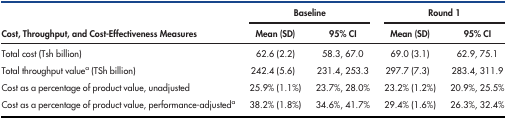
<table><thead><tr><td rowspan="2"><b>Cost, Throughput, and Cost-Effectiveness Measures</b></td><td colspan="2"><b>Baseline</b></td><td colspan="2"><b>Round 1</b></td></tr><tr><td><b>Mean (SD)</b></td><td><b>95% CI</b></td><td><b>Mean (SD)</b></td><td><b>95% CI</b></td></tr></thead><tbody><tr><td>Total cost (Tsh billion)</td><td>62.6 (2.2)</td><td>58.3, 67.0</td><td>69.0 (3.1)</td><td>62.9, 75.1</td></tr><tr><td>Total throughput value<sup>a</sup> (TSh billion)</td><td>242.4 (5.6)</td><td>231.4, 253.3</td><td>297.7 (7.3)</td><td>283.4, 311.9</td></tr><tr><td>Cost as a percentage of product value, unadjusted</td><td>25.9% (1.1%)</td><td>23.7%, 28.0%</td><td>23.2% (1.2%)</td><td>20.9%, 25.5%</td></tr><tr><td>Cost as a percentage of product value, performance-adjusted<sup>a</sup></td><td>38.2% (1.8%)</td><td>34.6%, 41.7%</td><td>29.4% (1.6%)</td><td>26.3%, 32.4%</td></tr></tbody></table>